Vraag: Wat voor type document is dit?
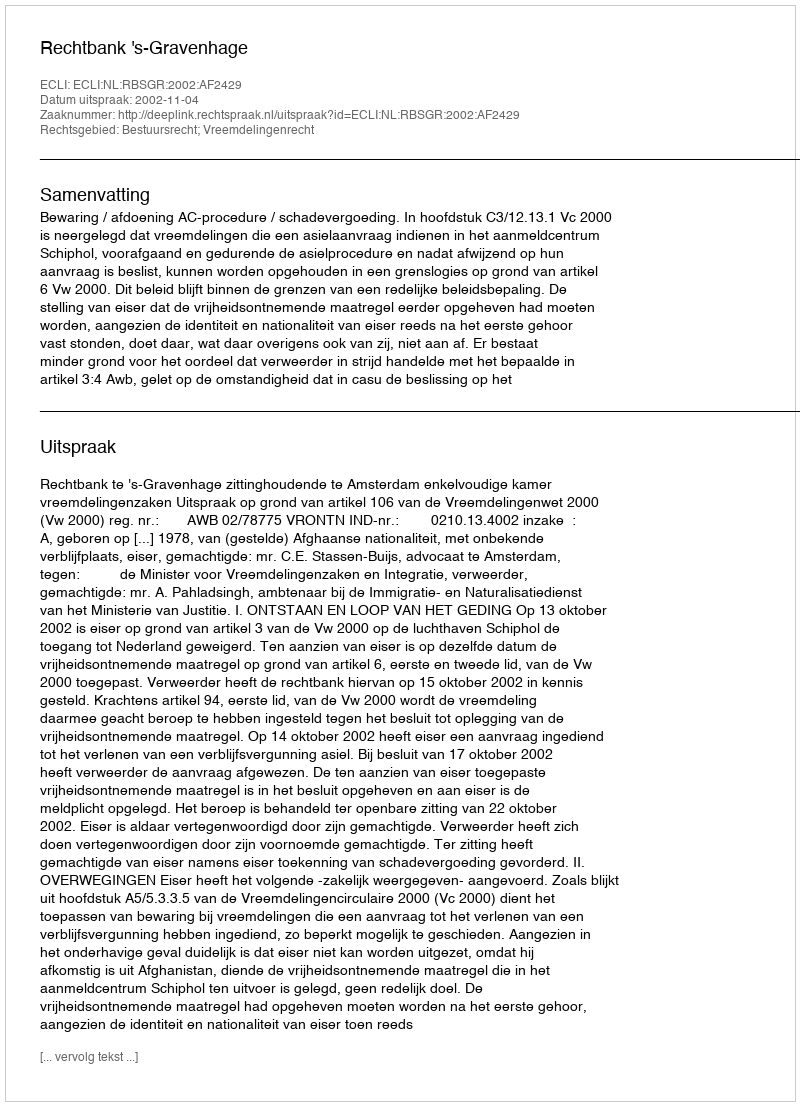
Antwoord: Uitspraak